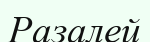
Разалей